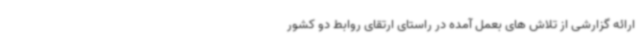
ارائه گزارشی از تلاش های بعمل آمده در راستای ارتقای روابط دو کشور